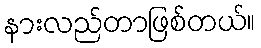
နားလည်တာဖြစ်တယ်။